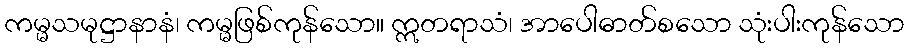
ကမ္မသမုဋ္ဌာနာနံ၊ ကမ္မဖြစ်ကုန်သော။ ဣတရာသံ၊ အာပေါဓာတ်စသော သုံးပါးကုန်သော